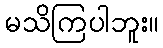
မသိကြပါဘူး။